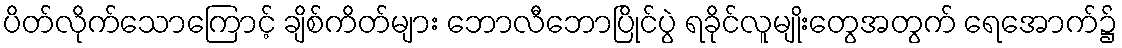
ပိတ်လိုက်သောကြောင့် ချိစ်ကိတ်များ ဘောလီဘောပြိုင်ပွဲ ရခိုင်လူမျိုးတွေအတွက် ရေအောက်၌